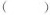
()